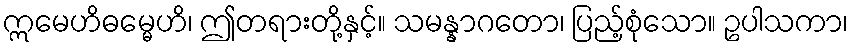
ဣမေဟိဓမ္မေဟိ၊ ဤတရားတို့နှင့်။ သမန္နာဂတော၊ ပြည့်စုံသော။ ဥပါသကာ၊